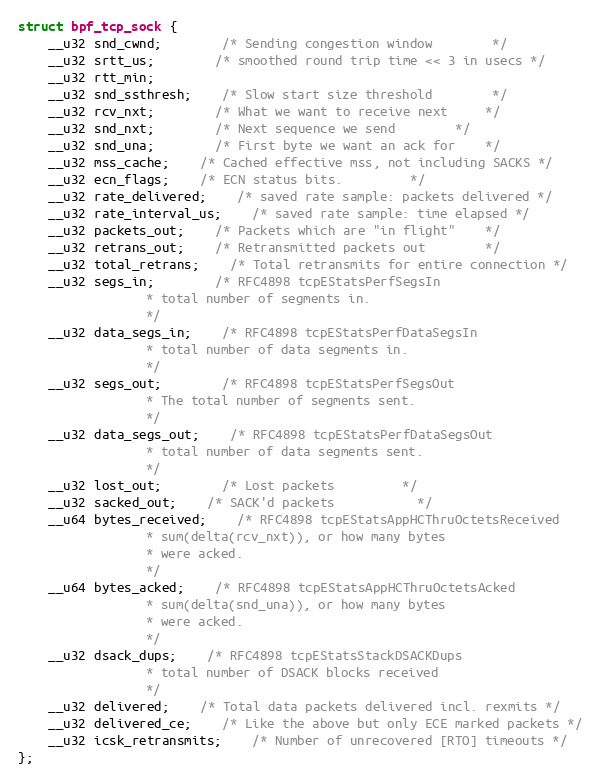
Language: C
struct bpf_tcp_sock {
	__u32 snd_cwnd;		/* Sending congestion window		*/
	__u32 srtt_us;		/* smoothed round trip time << 3 in usecs */
	__u32 rtt_min;
	__u32 snd_ssthresh;	/* Slow start size threshold		*/
	__u32 rcv_nxt;		/* What we want to receive next		*/
	__u32 snd_nxt;		/* Next sequence we send		*/
	__u32 snd_una;		/* First byte we want an ack for	*/
	__u32 mss_cache;	/* Cached effective mss, not including SACKS */
	__u32 ecn_flags;	/* ECN status bits.			*/
	__u32 rate_delivered;	/* saved rate sample: packets delivered */
	__u32 rate_interval_us;	/* saved rate sample: time elapsed */
	__u32 packets_out;	/* Packets which are "in flight"	*/
	__u32 retrans_out;	/* Retransmitted packets out		*/
	__u32 total_retrans;	/* Total retransmits for entire connection */
	__u32 segs_in;		/* RFC4898 tcpEStatsPerfSegsIn
				 * total number of segments in.
				 */
	__u32 data_segs_in;	/* RFC4898 tcpEStatsPerfDataSegsIn
				 * total number of data segments in.
				 */
	__u32 segs_out;		/* RFC4898 tcpEStatsPerfSegsOut
				 * The total number of segments sent.
				 */
	__u32 data_segs_out;	/* RFC4898 tcpEStatsPerfDataSegsOut
				 * total number of data segments sent.
				 */
	__u32 lost_out;		/* Lost packets			*/
	__u32 sacked_out;	/* SACK'd packets			*/
	__u64 bytes_received;	/* RFC4898 tcpEStatsAppHCThruOctetsReceived
				 * sum(delta(rcv_nxt)), or how many bytes
				 * were acked.
				 */
	__u64 bytes_acked;	/* RFC4898 tcpEStatsAppHCThruOctetsAcked
				 * sum(delta(snd_una)), or how many bytes
				 * were acked.
				 */
	__u32 dsack_dups;	/* RFC4898 tcpEStatsStackDSACKDups
				 * total number of DSACK blocks received
				 */
	__u32 delivered;	/* Total data packets delivered incl. rexmits */
	__u32 delivered_ce;	/* Like the above but only ECE marked packets */
	__u32 icsk_retransmits;	/* Number of unrecovered [RTO] timeouts */
};